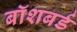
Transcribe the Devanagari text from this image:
बॉशबर्ड